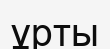
ұрты